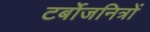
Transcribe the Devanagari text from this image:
टर्बोजनित्रों